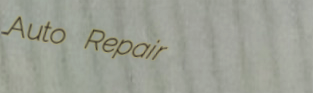
Auto Repair